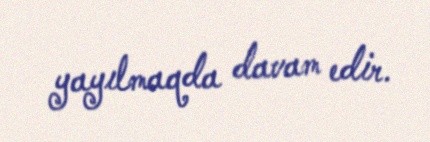
yayılmaqda davam edir.